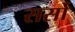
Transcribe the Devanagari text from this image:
सर्सो